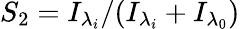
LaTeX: {S_{2}}={I_{{\lambda}_{i}}}/{(I_{{\lambda}_{i}}+I_{{\lambda}_{0}})}